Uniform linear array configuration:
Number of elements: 12
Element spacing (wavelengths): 0.5
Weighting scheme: binomial
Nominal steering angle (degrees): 30
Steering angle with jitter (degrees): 30.078
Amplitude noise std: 0.05
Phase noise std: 0.05

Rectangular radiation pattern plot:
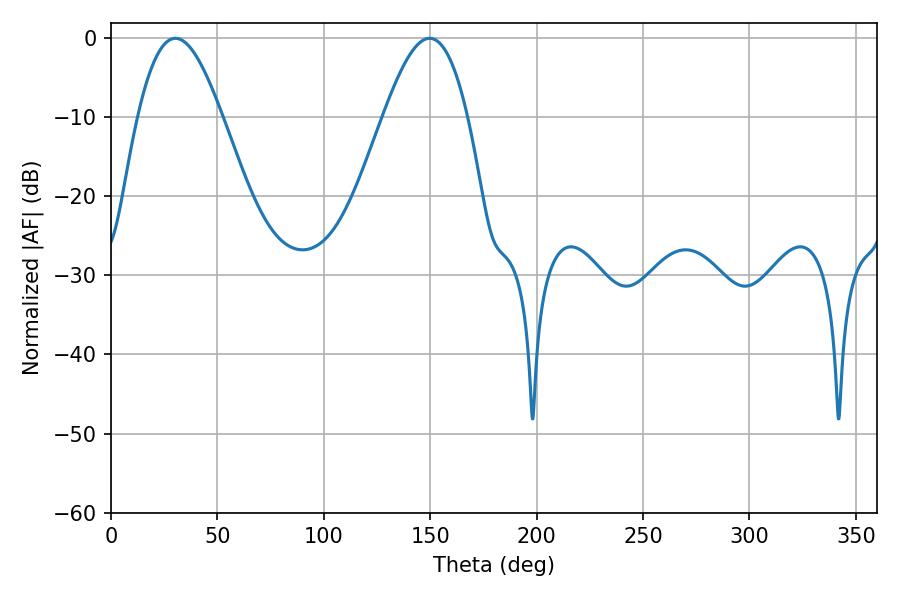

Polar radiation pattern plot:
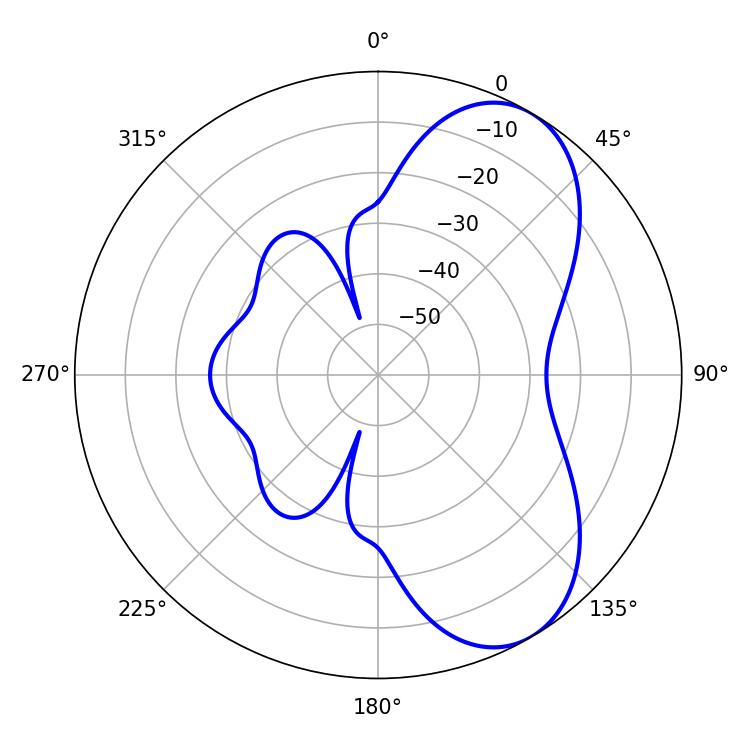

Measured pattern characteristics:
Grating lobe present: FALSE
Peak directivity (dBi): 6.754
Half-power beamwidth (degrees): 21.42
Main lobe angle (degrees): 30.24